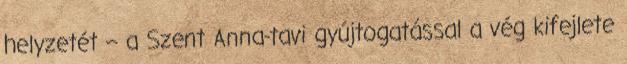
helyzetét – a Szent Anna-tavi gyújtogatással a vég kifejlete